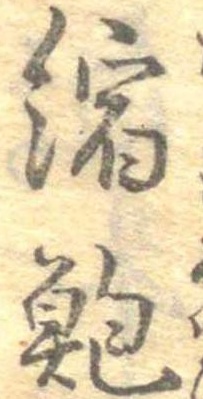
縮鮑